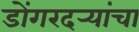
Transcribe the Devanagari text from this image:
डोंगरदर्‍यांचा